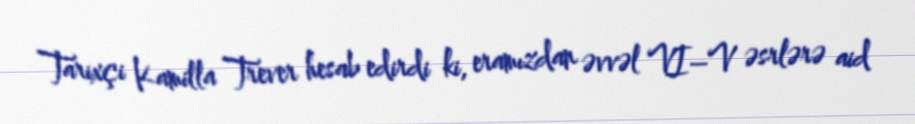
Tarixçi Kamilla Trever hesab edirdi ki, eramızdan əvvəl VI–V əsrlərə aid